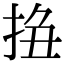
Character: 𢬆